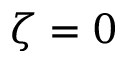
\zeta = 0